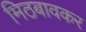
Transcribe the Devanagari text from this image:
मिठबावकर